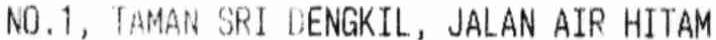
NO.1, TAMAN SRI DENGKIL, JALAN AIR HITAM